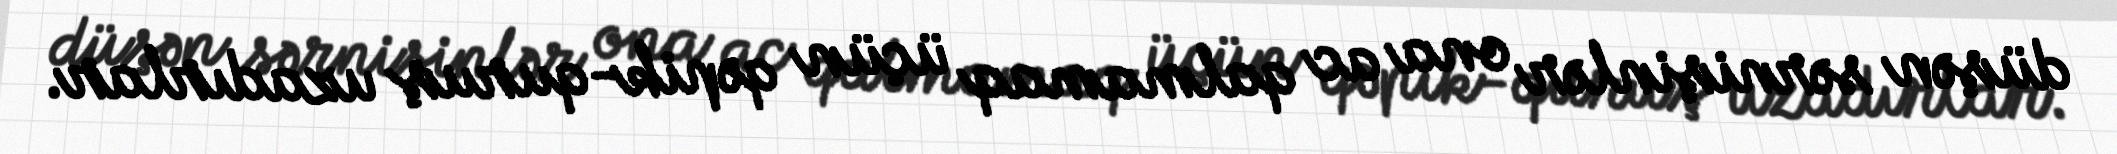
düşən sərnişinlər ona ac qalmamaq üçün qəpik-quruş uzadırlar.